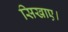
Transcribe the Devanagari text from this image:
सिखाए।